Report of the Indian Hemp Drugs Commission, 1894-1895 - Volume I
Year: 1894
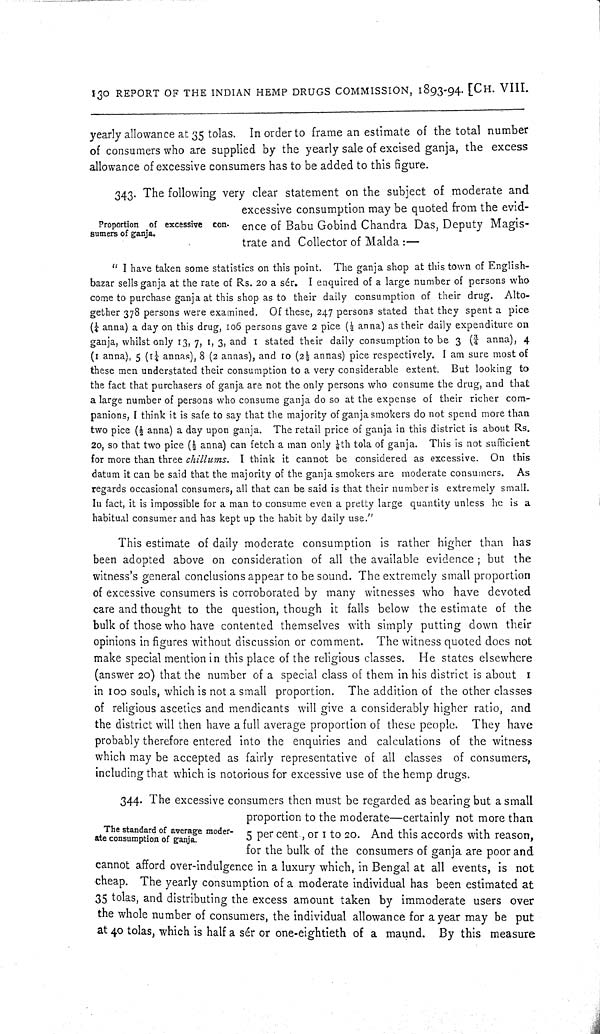
130 REPORT OF THE INDIAN HEMP DRUGS COMMISSION, 1893-94. [CH. VIII
yearly allowance at 35 tolas. In order to frame an estimate of the total number
of consumers who are supplied by the yearly sale of excised ganja, the excess
allowance of excessive consumers has to be added to this figure.
Proportion of excessive con-
sumers of ganja.
343. The following very clear statement on the subject of moderate and
excessive consumption may be quoted from the evid-
ence of Babu Gobind Chandra Das, Deputy Magis-
trate and Collector of Malda:—
"I have taken some statistics on this point. The ganja shop at this town of English-
bazar sells ganja at the rate of Rs. 20 a sér. I enquired of a large number of persons who
come to purchase ganja at this shop as to their daily consumption of their drug. Alto-
gether 378 persons were examined. Of these, 247 persons stated that they spent a pice
(1/4 anna) a day on this drug, 106 persons gave 2 pice (1/2 anna) as their daily expenditure on
ganja, whilst only 13, 7, 1, 3, and 1 stated their daily consumption to be 3 (3/4 anna), 4
(1 anna), 5 (11/4 annas), 8 (2 annas), and 10 (21/2 annas) pice respectively. I am sure most of
these men understated their consumption to a very considerable extent. But looking to
the fact that purchasers of ganja are not the only persons who consume the drug, and that
a large number of persons who consume ganja do so at the expense of their richer com-
panions, I think it is safe to say that the majority of ganja smokers do not spend more than
two pice (1/2 anna) a day upon ganja. The retail price of ganja in this district is about Rs.
20, so that two pice (1/2 anna) can fetch a man only 1/8th tola of ganja. This is not sufficient
for more than three chillums. I think it cannot be considered as excessive. On this
datum it can be said that the majority of the ganja smokers are moderate consumers. As
regards occasional consumers, all that can be said is that their number is extremely small.
In fact, it is impossible for a man to consume even a pretty large quantity unless he is a
habitual consumer and has kept up the habit by daily use."
This estimate of daily moderate consumption is rather higher than has
been adopted above on consideration of all the available evidence; but the
witness's general conclusions appear to be sound. The extremely small proportion
of excessive consumers is corroborated by many witnesses who have devoted
care and thought to the question, though it falls below the estimate of the
bulk of those who have contented themselves with simply putting down their
opinions in figures without discussion or comment. The witness quoted does not
make special mention in this place of the religious classes. He states elsewhere
(answer 20) that the number of a special class of them in his district is about I
in 100 souls, which is not a small proportion. The addition of the other classes
of religious ascetics and mendicants will give a considerably higher ratio, and
the district will then have a full average proportion of these people. They have
probably therefore entered into the enquiries and calculations of the witness
which may be accepted as fairly representative of all classes of consumers,
including that which is notorious for excessive use of the hemp drugs.
The standard of average moder-
ate consumption of ganja.
344. The excessive consumers then must be regarded as bearing but a small
proportion to the moderate—certainly not more than
5 per cent., or 1 to 20. And this accords with reason,
for the bulk of the consumers of ganja are poor and
cannot afford over-indulgence in a luxury which, in Bengal at all events, is not
cheap. The yearly consumption of a moderate individual has been estimated at
35 tolas, and distributing the excess amount taken by immoderate users over
the whole number of consumers, the individual allowance for a year may be put
at 40 tolas, which is half a sér or one-eightieth of a maund. By this measure